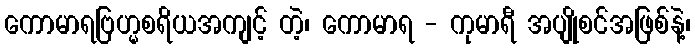
ကောမာရဗြဟ္မစရိယအကျင့် တဲ့၊ ကောမာရ - ကုမာရီ အပျိုစင်အဖြစ်နဲ့၊